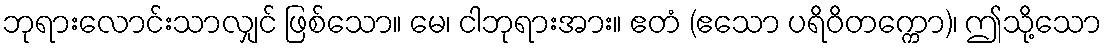
ဘုရားလောင်းသာလျှင် ဖြစ်သော။ မေ၊ ငါဘုရားအား။ ဧတံ (ဧသော ပရိဝိတက္ကော)၊ ဤသို့သော